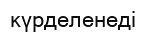
күрделенеді